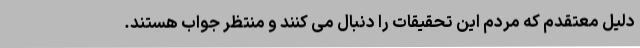
دلیل معتقدم که مردم این تحقیقات را دنبال می کنند و منتظر جواب هستند.